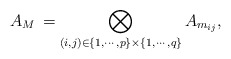
\begin{align*}A_M \,=\bigotimes_{(i,j)\in \{1,\cdots, p\}\times \{1,\cdots, q\}} A_{m_{ij}}, \end{align*}